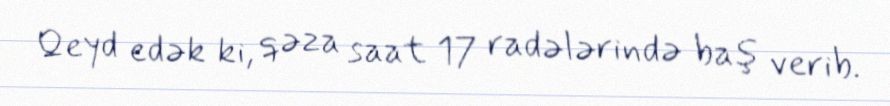
Qeyd edək ki, qəza saat 17 radələrində baş verib.